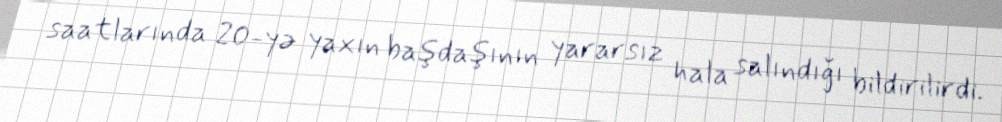
saatlarında 20-yə yaxın başdaşının yararsız hala salındığı bildirilirdi.